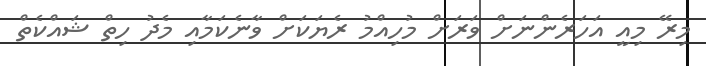
މިރޭ މިއީ އަހަރެންނަށް ވަރަށް މުހިއްމު ރެޔަކަށް ވާނެކަމާއި މެދު ހިތް ޝައްކެތް